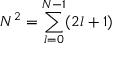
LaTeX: N ^ { 2 } = \sum _ { l = 0 } ^ { N - 1 } ( 2 l + 1 )